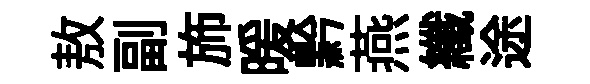
敖副斾暖黔燕纖途